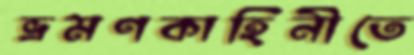
ভ্রমণকাহিনীতে